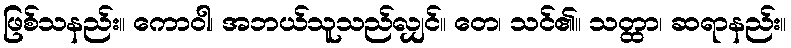
ဖြစ်သနည်း။ ကောဝါ၊ အဘယ်သူသည်လျှင်။ တေ၊ သင်၏။ သတ္ထာ၊ ဆရာနည်း။